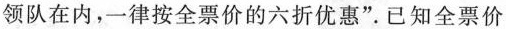
领队在内，一律按全票价的六折优惠”已知全票价